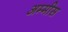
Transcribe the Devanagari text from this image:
अम्मीस